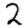
Digit: 2